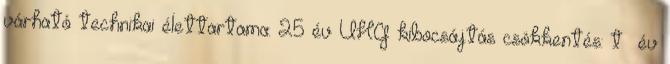
várható technikai élettartama: 25 év ÜHG kibocsájtás csökkentés: t év